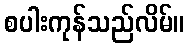
စပါးကုန်သည်လိမ်။